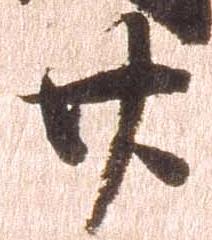
廿